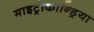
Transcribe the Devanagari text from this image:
माइट्रोकान्ड्रिया